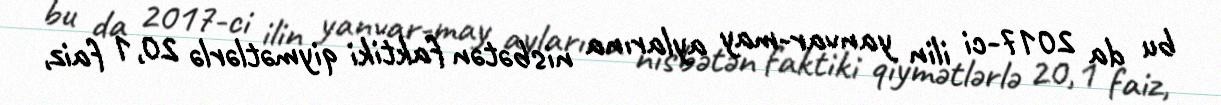
bu da 2017-ci ilin yanvar-may aylarına nisbətən faktiki qiymətlərlə 20,1 faiz,